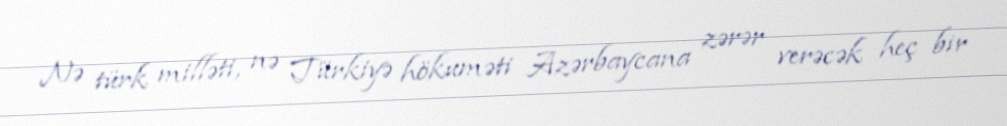
Nə türk milləti, nə Türkiyə hökuməti Azərbaycana zərər verəcək heç bir